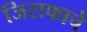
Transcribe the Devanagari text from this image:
जिराफाचे